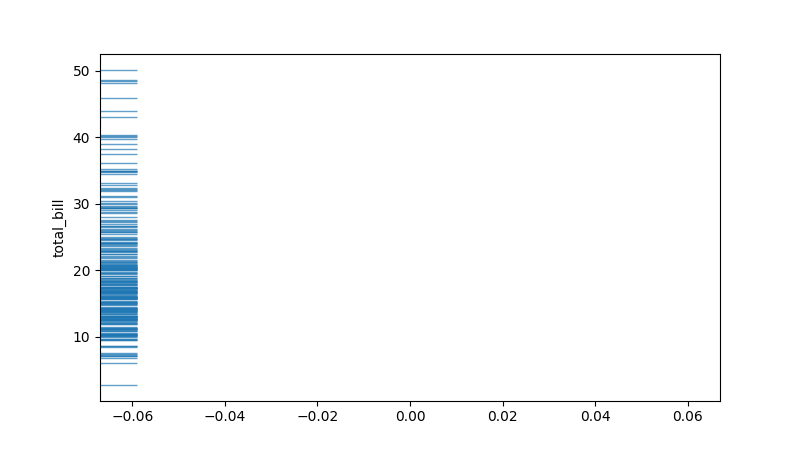
python, seaborn, rugplot, height=0.06, axis='y', alpha=0.7